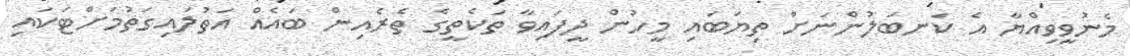
މެނުވީވިއްޔާ އެ ކަނބަލުންނަށް ތިޔަބައި މީހުން ދީފައިވާ ތަކެތީގެ ތެރެއިން ބައެއް އަތުލައިގަތުމަށްޓަކައި